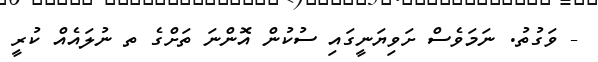
- ވަގުތު. ނަމަވެސް ށަވިޔަނީގައި ސުކުން އޮންނަ ތަށްގެ ތ ނުލައެއް ކުރީ